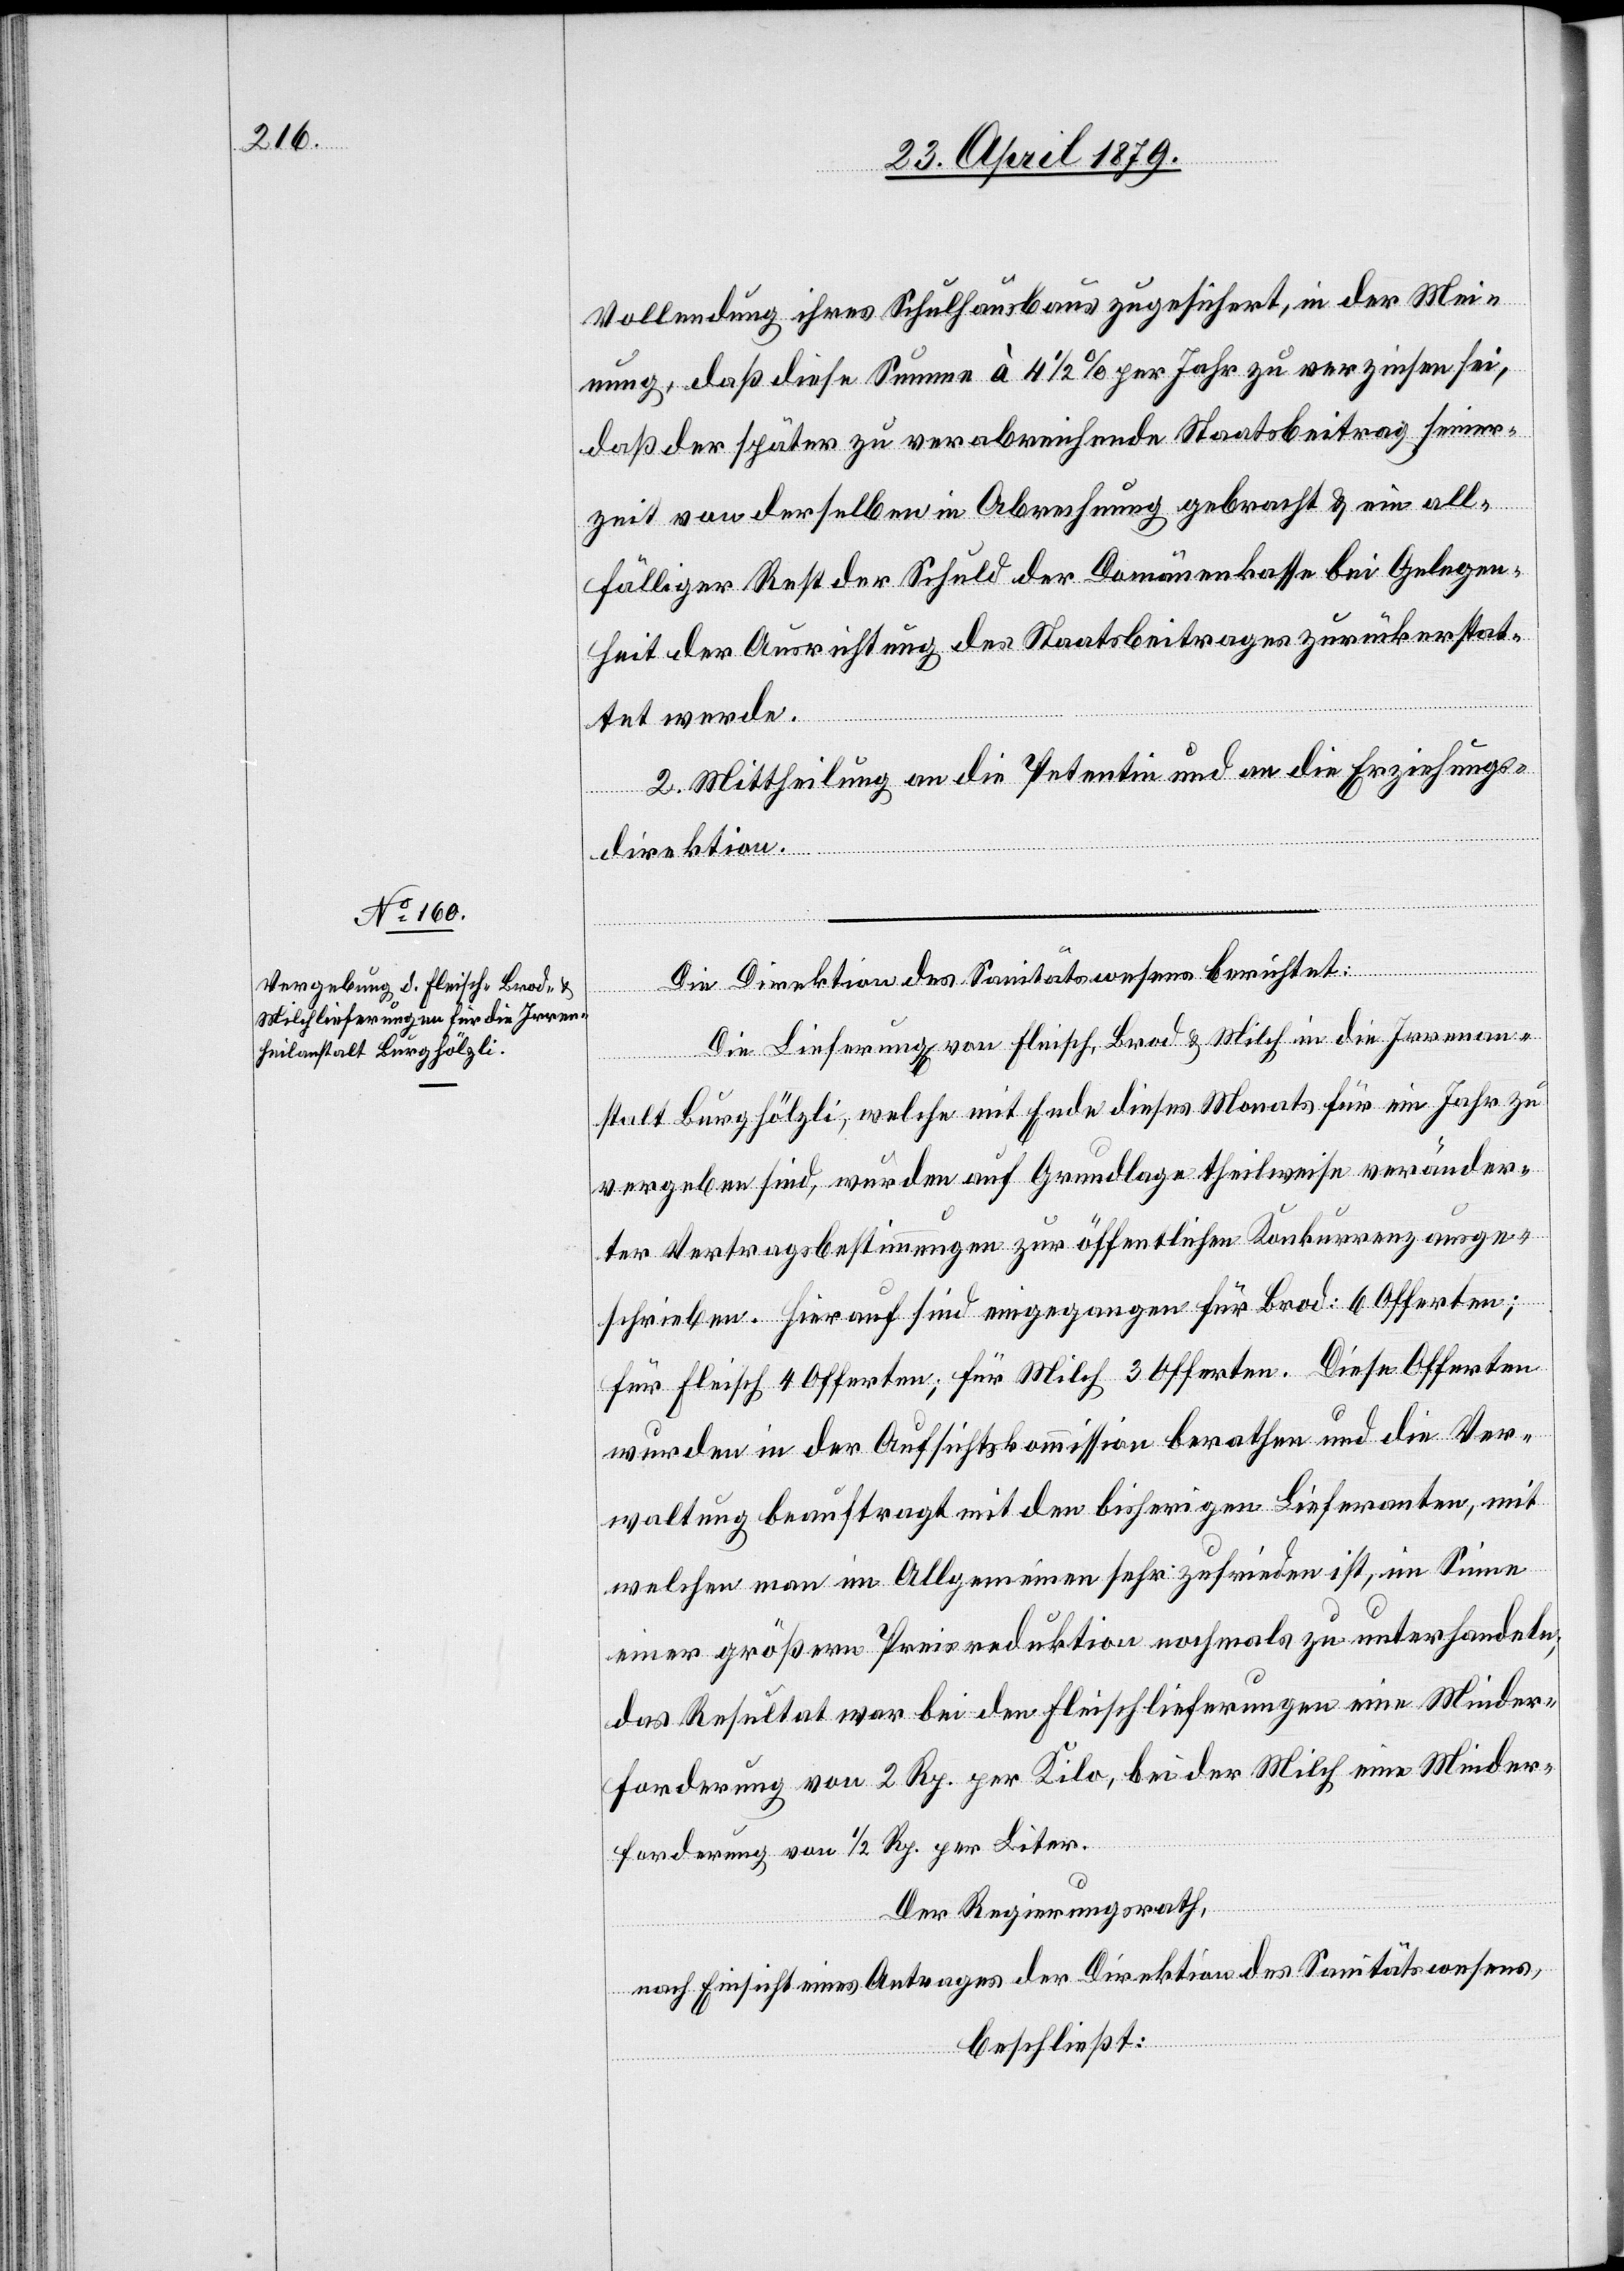
Vollendung ihres Schulhaus zugesichert, in der Mei¬
nung, daß diese Summe à 4 1/2% per Jahr zu verzinsen sei,
daß der später zu verabreichende Staatsbeitrag seiner¬
zeit von derselben in Abrechnung gebracht & ein all¬
fälliger Rest der Schuld der Domänenkasse bei Gelegen¬
heit der Ausrichtung des Staatsbeitrages zurückerstat¬
tet werde.
2. Mittheilung an die Petentin und an die Erziehungs¬
direktion.
Die Direktion des Sanitätswesens berichtet:
Die Lieferung[en] von Fleisch, Brod & Milch in die Irrenan¬
stalt Burghölzli, welche mit Ende dieses Monats für ein Jahr zu
vergeben sind, wurden auf Grundlage theilweise veränder¬
ter Vertragsbestimmungen zur öffentlichen Konkurrenz ausge¬
schrieben. Hierauf sind eingegangen für Brod: 6 Offerten;
für Fleisch 4 Offerten; für Milch 3 Offerten. Diese Offerten
wurden in der Aufsichtskommission berathen und die Ver¬
waltung beauftragt mit den bisherigen Lieferanten, mit
welchen man im Allgemeinen sehr zufrieden ist, im Sinne
einer größern Preisreduktion nochmals zu unterhandeln;
das Resultat war bei den Fleischlieferungen eine Minder¬
forderung von 2 Rp. per Kilo, bei der Milch eine Minder¬
forderung von 1/2 Rp. per Liter.
Der Regierungsrath,
nach Einsicht eines Antrages der Direktion des Sanitätswesens,
beschließt: